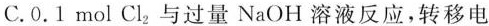
C.0.1mol Cl_{2}。与过量NaOH溶液反应，转移电